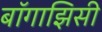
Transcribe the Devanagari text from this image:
बॉगाझिसी